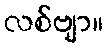
လစ်ဗျာ။